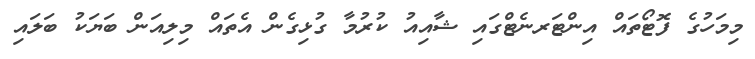
މިމަހުގެ ފޮޓޯތައް އިންޓަރނެޓްގައި ޝާއިއު ކުރުމާ ގުޅިގެން އެތައް މިލިއަން ބަޔަކު ބަލައި